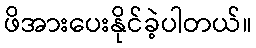
ဖိအားပေးနိုင်ခဲ့ပါတယ်။